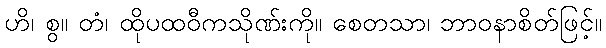
ဟိ၊ စွ။ တံ၊ ထိုပထဝီကသိုဏ်းကို။ စေတသာ၊ ဘာဝနာစိတ်ဖြင့်။